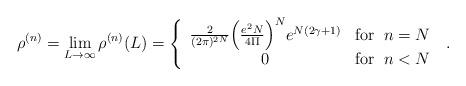
LaTeX: \begin{align*}\rho^{(n)} = \lim_{L \rightarrow \infty} \rho^{(n)}(L) =\left\{ \begin{array}{cr}\frac{2}{(2\pi)^{2N}} \Big(\frac{e^2 N}{4 \Pi}\Big)^{N}e^{N(2\gamma +1)} & \mbox{for}\;\; n = N \\0 & \mbox{for}\;\; n < N\end{array} \right. \; .\end{align*}